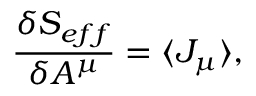
\frac { \delta S _ { e f f } } { \delta A ^ { \mu } } = \langle J _ { \mu } \rangle ,